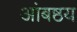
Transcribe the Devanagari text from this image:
आंबष्ठय